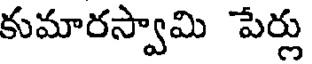
కుమారస్వామి పేర్లు